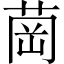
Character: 𦱌